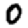
Digit: 0